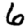
Digit: 6